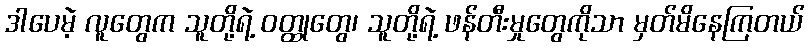
ဒါပေမဲ့ လူတွေက သူတို့ရဲ့ ဝတ္ထုတွေ၊ သူတို့ရဲ့ ဖန်တီးမှုတွေကိုသာ မှတ်မိနေကြတယ်